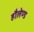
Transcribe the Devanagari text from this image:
हौलेण्ड